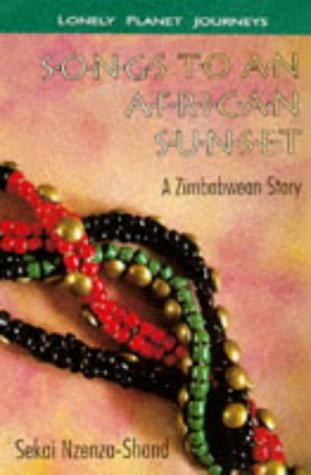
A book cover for Songs to an African Sunset: A Zimbabwean Story; Sekai Nzenza-Shand; Travel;